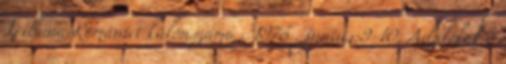
Tribuna României különszáma . 1976 . június:9-10. Adalékok a